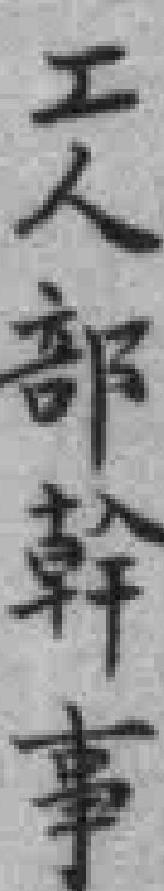
工人部幹事